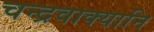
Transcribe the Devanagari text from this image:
चन्द्रवाक्यानि